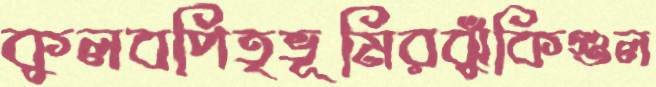
কুলবপিতৃভূমিরঝুঁকিগুল